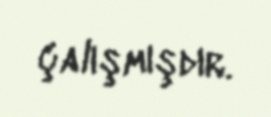
çalışmışdır.